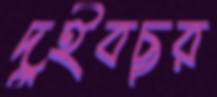
দুইবছর